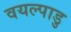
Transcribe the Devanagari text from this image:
वयल्पाडु